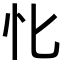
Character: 𢖬